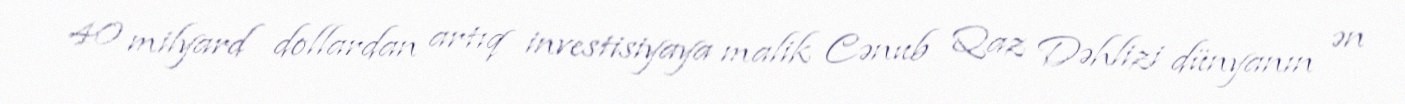
40 milyard dollardan artıq investisiyaya malik Cənub Qaz Dəhlizi dünyanın ən